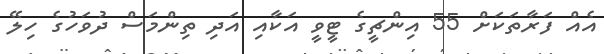
އެއް ފަރާތަކަށް 55 އިންޗީގެ ޓީވީ އަކާއި އަދި ތިންމަސް ދުވަހުގެ ހިލޭ